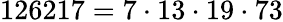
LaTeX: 126217=7\cdot 13\cdot 19\cdot 73